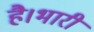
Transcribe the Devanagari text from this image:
है।भारी